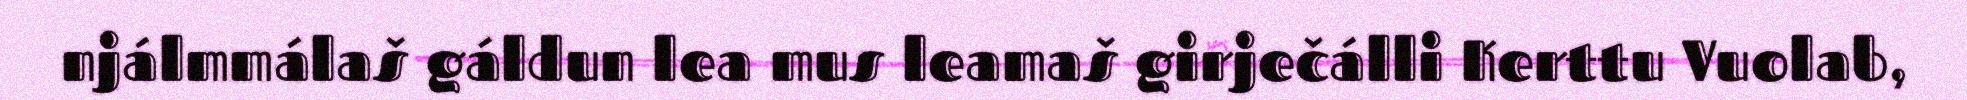
njálmmálaš gáldun lea mus leamaš girječálli Kerttu Vuolab,